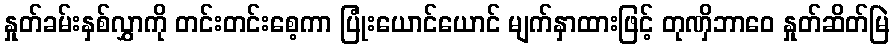
နှုတ်ခမ်းနှစ်လွှာကို တင်းတင်းစေ့ကာ ပြုံးယောင်ယောင် မျက်နှာထားဖြင့် တုဏှိဘာဝေ နှုတ်ဆိတ်မြဲ